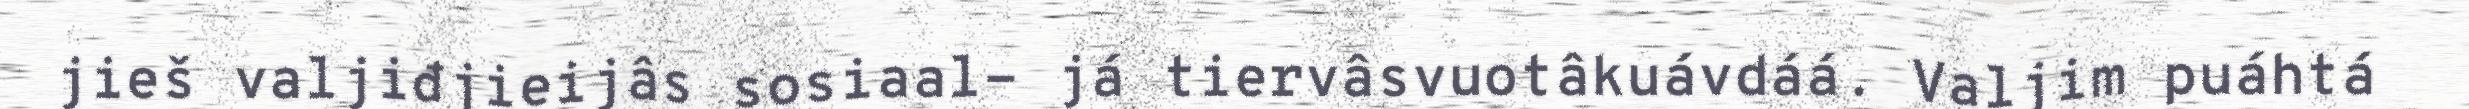
jieš valjiđjieijâs sosiaal- já tiervâsvuotâkuávdáá. Valjim puáhtá